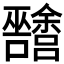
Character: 𱕴